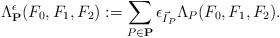
LaTeX: \begin{align*}\Lambda^{\epsilon}_{\mathbf{P}}(F_{0},F_{1},F_{2}):=\sum_{P\in\mathbf{P}} \epsilon_{\vec I_{P}}\Lambda_{P}(F_{0},F_{1},F_{2}).\end{align*}